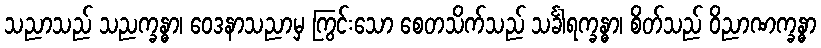
သညာသည် သညက္ခန္ဓာ၊ ဝေဒနာသညာမှ ကြွင်းသော စေတသိက်သည် သင်္ခါရက္ခန္ဓာ၊ စိတ်သည် ဝိညာဏက္ခန္ဓာ